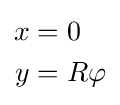
{\begin{aligned}x&=0\\y&=R\varphi \end{aligned}}